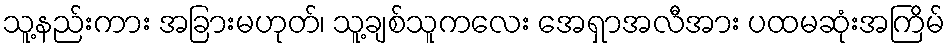
သူ့နည်းကား အခြားမဟုတ်၊ သူ့ချစ်သူကလေး အေရှာအလီအား ပထမဆုံးအကြိမ်